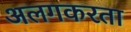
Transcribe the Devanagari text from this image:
अलगकरता